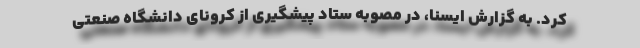
کرد. به گزارش ایسنا، در مصوبه ستاد پیشگیری از کرونای دانشگاه صنعتی